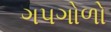
ગપગોળો